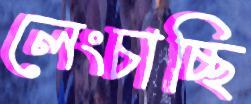
লেংচাচ্ছি